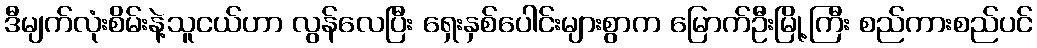
ဒီမျက်လုံးစိမ်းနဲ့သူငယ်ဟာ လွန်လေပြီး ရှေးနှစ်ပေါင်းများစွာက မြောက်ဦးမြို့ကြီး စည်ကားစည်ပင်